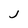
Character: j